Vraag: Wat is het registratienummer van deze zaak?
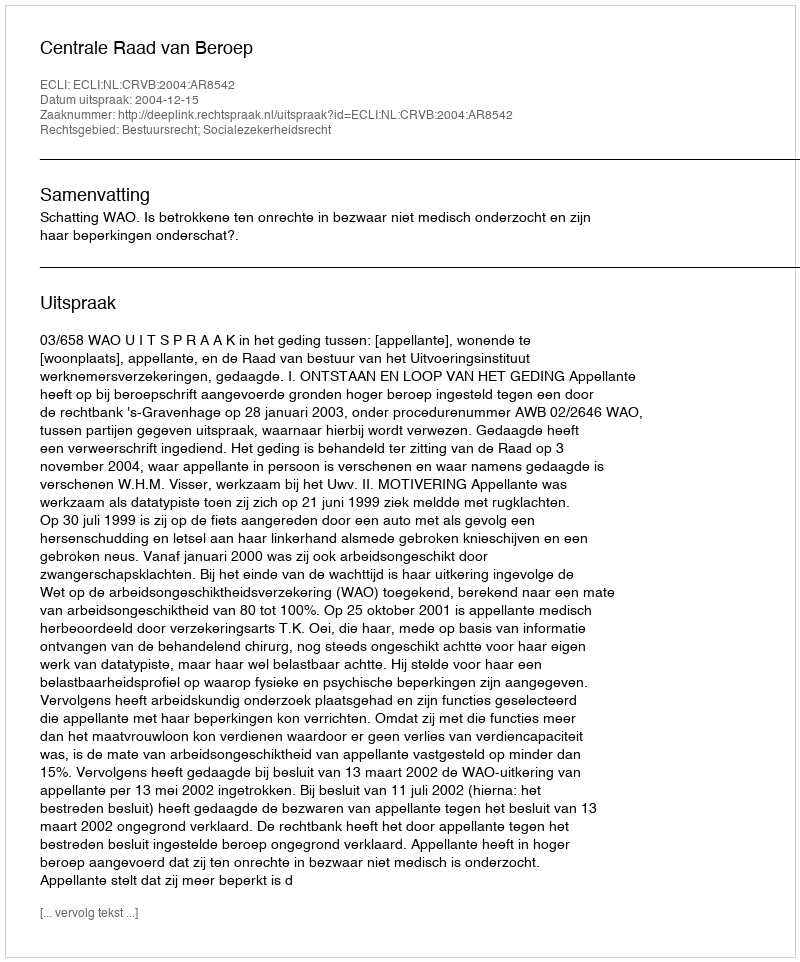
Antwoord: http://deeplink.rechtspraak.nl/uitspraak?id=ECLI:NL:CRVB:2004:AR8542